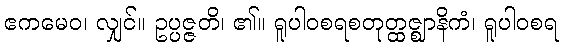
ဧကမေဝ၊ လျှင်။ ဥပ္ပဇ္ဇတိ၊ ၏။ ရူပါဝစရစတုတ္ထဇ္ဈာနိကံ၊ ရူပါဝစရ